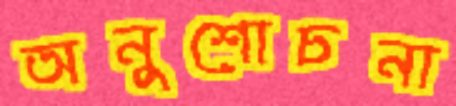
অনুশোচনা